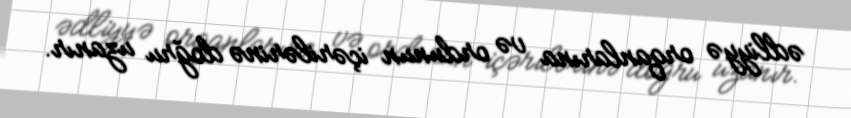
ədliyyə orqanlarına və ordunun içərilərinə doğru uzanır.